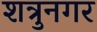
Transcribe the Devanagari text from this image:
शत्रुनगर